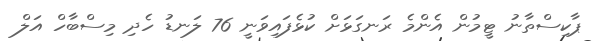
ޕާކިސްތާނު ޓީމުން އެންމެ ރަނގަޅަށް ކުޅެފައިވަނީ 76 ލަނޑު ހެދި މިސްބާހް އަލް